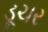
ડૂચર